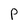
Character: P